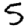
Digit: 5